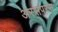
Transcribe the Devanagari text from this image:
अरसपरस